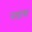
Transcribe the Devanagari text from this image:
वडास